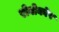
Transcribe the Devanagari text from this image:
रोबोकोप